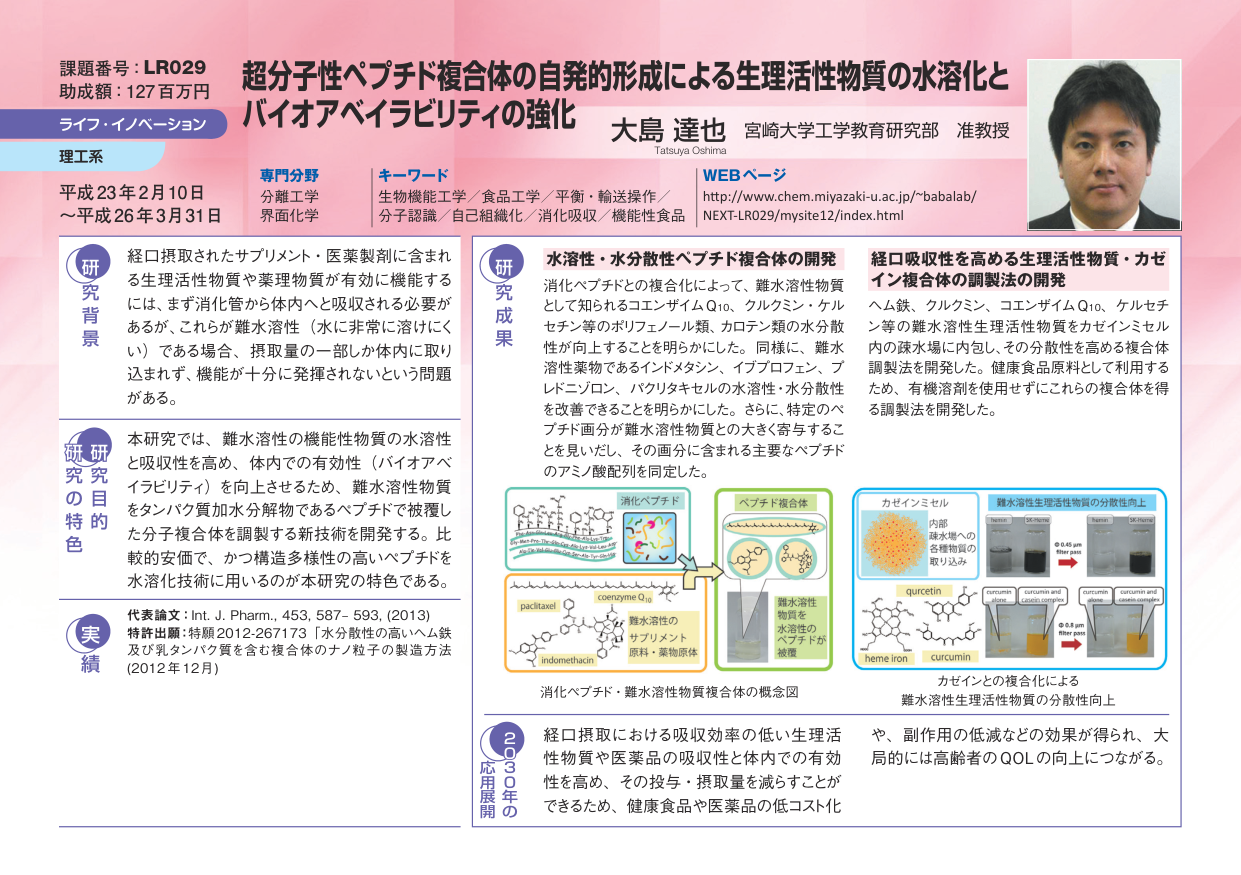
課題番号：LR029
助成額：127百万円
ライフ・イノベーション
理工系
平成23年2月10日
～平成26年3月31日

超分子性ペプチド複合体の自発的形成による生理活性物質の水溶化と
バイオアベイラビリティの強化
大島 達也 宮崎大学工学教育研究部 准教授
Tatsuya Oshima

専門分野
分離工学
界面化学

キーワード
生物機能工学／食品工学／平衡・輸送操作／
分子認識／自己組織化／消化吸収／機能性食品

WEBページ
http://www.chem.miyazaki-u.ac.jp/~babalab/
NEXT-LR029/mysite12/index.html

研究背景
経口摂取されたサプリメント・医薬製剤に含まれる
生理活性物質や薬理物質が有効に機能する
には、まず消化管から体内へと吸収される必要が
あるが、これらが難水溶性（水に非常に溶けにく
い）である場合、摂取量の一部しか体内に取り
込まれず、機能が十分に発揮されないという問題
がある。

研究目的
本研究では、難水溶性の機能性物質の水溶性
と吸収性を高め、体内での有効性（バイオアベ
イラビリティ）を向上させるため、難水溶性物質
をタンパク質加水分解物であるペプチドで被覆し
た分子複合体を調製する新技術を開発する。比
較的安価で、かつ構造多様性の高いペプチドを
水溶化技術に用いるのが本研究の特色である。

研究の特色
代表論文：Int. J. Pharm., 453, 587–593, (2013)
特許出願：特願2012-267173「水分散性の高いヘム鉄
及び乳タンパク質を含む複合体のナノ粒子の製造方法
(2012年12月)」

研究成果
水溶性・水分散性ペプチド複合体の開発
消化ペプチドとの複合化によって、難水溶性物質
として知られるコエンザイムQ10、クルクミン、ケル
セチン等のポリフェノール類、カロテン類の水分散
性が向上することを明らかにした。同様に、難水
溶性薬物であるインドメタシン、イブプロフェン、プ
レドニゾロン、パクリタキセルの水溶性・水分散性
を改善できることを明らかにした。さらに、特定のペ
プチド断片が難水溶性物質との大きく寄与するこ
とを見いだし、その画分に含まれる主要なペプチド
のアミノ酸配列を同定した。

経口吸収性を高める生理活性物質・カゼイン複合体の調製法の開発
ヘム鉄、クルクミン、コエンザイムQ10、ケルセチ
ン等の難水溶性生理活性物質をカゼインミセル
内の疎水場に内包し、その分散性を高める複合体
調製法を開発した。健康食品原料として利用する
ため、有機溶剤を使用せずにこれらの複合体を得
る調製法を開発した。

消化ペプチド・難水溶性物質複合体の概念図
（図中：消化ペプチド、ペプチド複合体、難水溶性の
サプリメント原料・薬物原体、pacitaxel、coenzyme Q10、
indomethacin、難水溶性のサプリメント原料・薬物原体）

カゼインとの複合化による
難水溶性生理活性物質の分散性向上
（図中：カゼインミセル、内部疎水場への各種物質の取り込み、quercetin、heme iron、curcumin、
難水溶性生理活性物質の分散性向上、0.65 μm filter pass、curcumin alone、curcumin and casein complex、
0.8 μm filter pass、curcumin alone、curcumin and casein complex）

応用展開（2030年の）
経口摂取における吸収効率の低い生理活性物質や医薬品の吸収性と体内での有効性を高め、その投与・摂取量を減らすことができるため、健康食品や医薬品の低コスト化や、副作用の低減などの効果が得られ、大局的には高齢者のQOLの向上につながる。